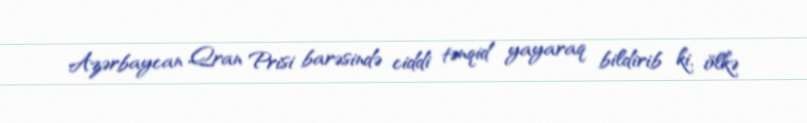
Azərbaycan Qran Prisi barəsində ciddi tənqid yayaraq bildirib ki, ölkə